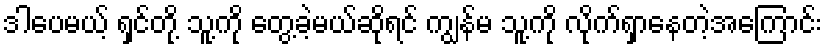
ဒါပေမယ့် ရှင်တို့ သူ့ကို တွေ့ခဲ့မယ်ဆိုရင် ကျွန်မ သူ့ကို လိုက်ရှာနေတဲ့အကြောင်း